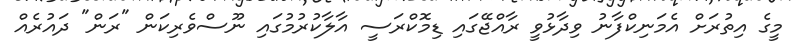
މީގެ އިތުރަށް އެމަނިކްފާނު ވިދާޅުވީ ރާއްޖޭގައި ޑިމޮކްރަސީ އާލާކުރުމުގައި ނޫސްވެރިކަން "ރަން" ދައުރެއް